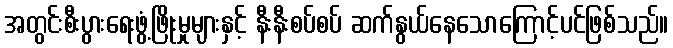
အတွင်းစီးပွားရေးဖွံ့ဖြိုးမှုများနှင့် နီးနီးစပ်စပ် ဆက်နွယ်နေသောကြောင့်ပင်ဖြစ်သည်။